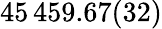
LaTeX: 45\, 459.67(32)